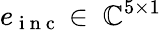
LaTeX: e_{\mathrm{~i~n~c~}}\in\ \mathbb{C}^{5\times 1}